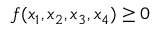
f ( x _ { 1 } , x _ { 2 } , x _ { 3 } , x _ { 4 } ) \ge 0